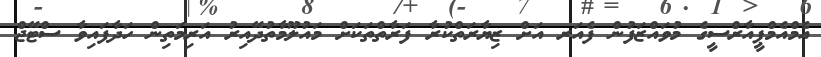
އެމްއެމްޕީއާރްސީގެ މުވައްޒަފުން ފެއަރ އަށް ޒިޔާރަތްކުރާ ފަރާތްތަކަށް މައުލޫމާތުދޭއިރު އަރިމަތިން ހަދާފައިވާ ސްޓޭޖް